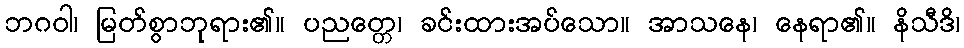
ဘဂဝါ၊ မြတ်စွာဘုရား၏။ ပညတ္တေ၊ ခင်းထားအပ်သော။ အာသနေ၊ နေရာ၏။ နိသီဒိ၊